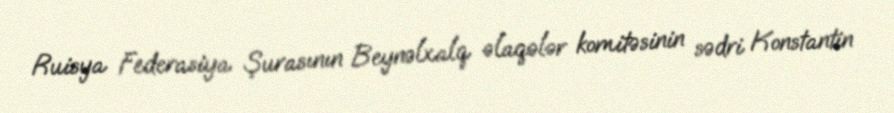
Ruisya Federasiya Şurasının Beynəlxalq əlaqələr komitəsinin sədri Konstantin